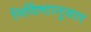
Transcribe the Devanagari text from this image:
निर्दिष्टानुसार